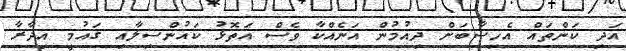
އަދި ކަންތައް އެހިސާބަށް ދިއުމުން އަނެއްކާ ވެސް އަތޮޅު ކައުންސިލާއި ގައުމީ އިދާރާ